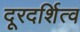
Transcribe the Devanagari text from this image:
दूरदर्शित्व